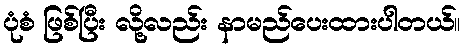
ပုံစံ ဖြစ်ပြီး လို့လည်း နာမည်ပေးထားပါတယ်။